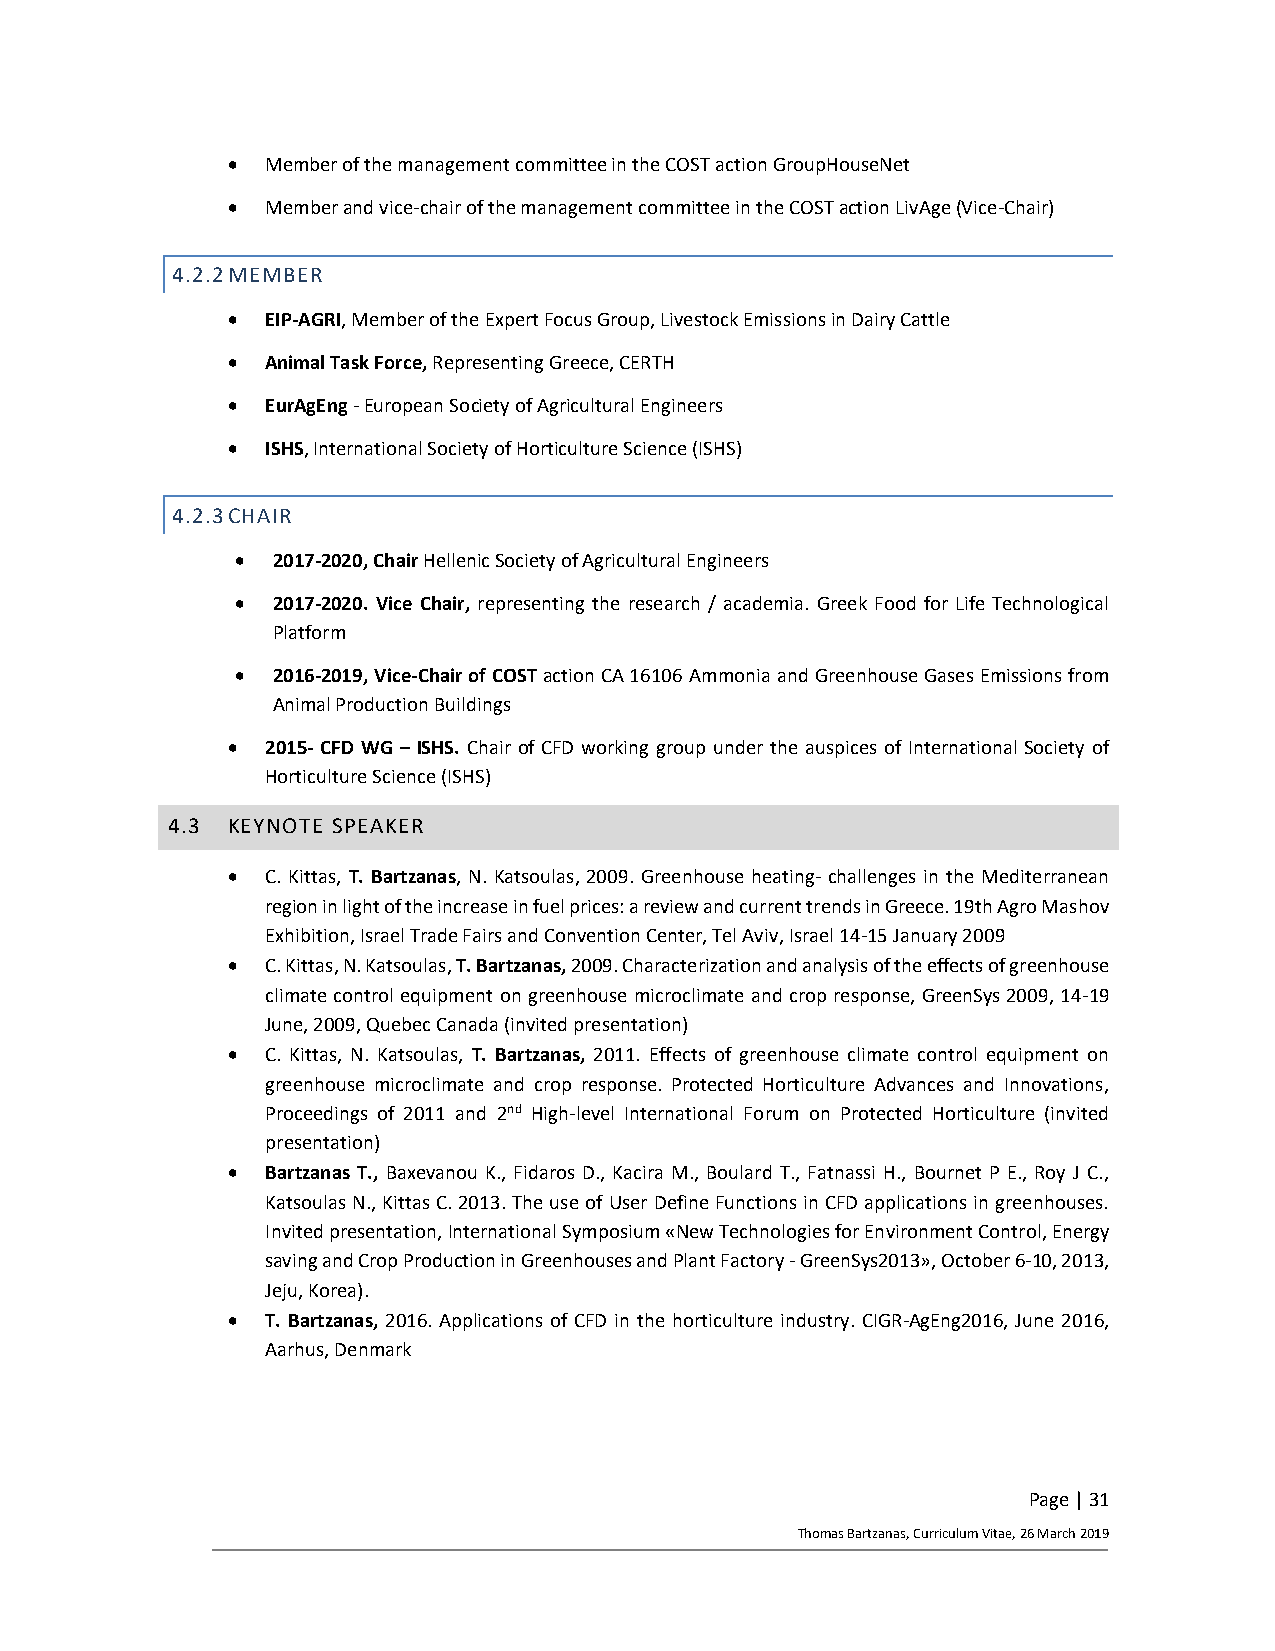
•  Member of the management committee in the COST action GroupHouseNet
 •  Member and vice-chair of the management committee in the COST action LivAge (Vice-Chair)
 4.2.2 MEMBER
 •  EIP-AGRI, Member of the Expert Focus Group, Livestock Emissions in Dairy Cattle
 •  Animal Task Force, Representing Greece, CERTH
 •  EurAgEng - European Society of Agricultural Engineers
 •  ISHS, International Society of Horticulture Science (ISHS)
 4.2.3 CHAIR
 • 2017-2020, Chair Hellenic Society of Agricultural Engineers
 • 2017-2020. Vice Chair, representing the research / academia. Greek Food for Life Technological
 Platform
 • 2016-2019, Vice-Chair of COST action CA 16106 Ammonia and Greenhouse Gases Emissions from
 Animal Production Buildings
 •  2015- CFD WG – ISHS. Chair of CFD working group under the auspices of International Society of
 Horticulture Science (ISHS)
 4.3 KEYNOTE SPEAKER
 •  C. Kittas, T. Bartzanas, N. Katsoulas, 2009. Greenhouse heating- challenges in the Mediterranean
 region in light of the increase in fuel prices: a review and current trends in Greece. 19th Agro Mashov
 Exhibition, Israel Trade Fairs and Convention Center, Tel Aviv, Israel 14-15 January 2009
 •  C. Kittas, N. Katsoulas, T. Bartzanas, 2009. Characterization and analysis of the effects of greenhouse
 climate control equipment on greenhouse microclimate and crop response, GreenSys 2009, 14-19
 June, 2009, Quebec Canada (invited presentation)
 •  C. Kittas, N. Katsoulas, T. Bartzanas, 2011. Effects of greenhouse climate control equipment on
 greenhouse microclimate and crop response. Protected Horticulture Advances and Innovations,
 Proceedings of 2011 and 2nd High-level International Forum on Protected Horticulture (invited
 presentation)
 •  Bartzanas T., Baxevanou K., Fidaros D., Kacira M., Boulard T., Fatnassi H., Bournet P E., Roy J C.,
 Katsoulas N., Kittas C. 2013. The use of User Define Functions in CFD applications in greenhouses.
 Invited presentation, International Symposium «New Technologies for Environment Control, Energy
 saving and Crop Production in Greenhouses and Plant Factory - GreenSys2013», October 6-10, 2013,
 Jeju, Korea).
 •  T. Bartzanas, 2016. Applications of CFD in the horticulture industry. CIGR-AgEng2016, June 2016,
 Aarhus, Denmark
 Page | 31
 Thomas Bartzanas, Curriculum Vitae, 26 March 2019